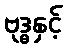
ဗုဒ္ဓနှင့်